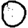
Digit: 0